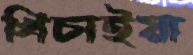
খিচাইয়া